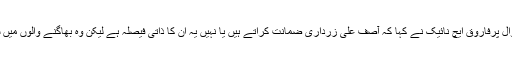
منی لانڈرنگ کیس میں آصف زرداری کے حوالے سے پوچھے گئے سوال پرفاروق ایچ نائیک نے کہا کہ آصف علی زرداری ضمانت کراتے ہیں یا نہیں یہ ان کا ذاتی فیصلہ ہے لیکن وہ بھاگنے والوں میں سے نہیں، انہوں نے پہلے بھی قانون کا سامنا کیا اور اب بھی کریں گے۔